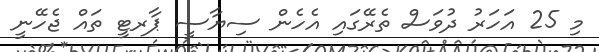
މި 25 އަހަރު ދުވަސް ތެރޭގައި އެހެން ސިޔާސީ ޕާރޓީ ތައް ޖެހޭނީ